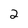
Character: 2